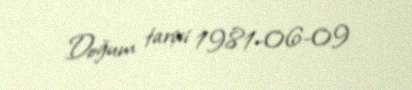
Doğum tarixi 1981-06-09